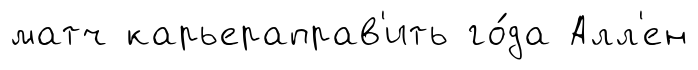
матч карьераправ'ить го́да Алл'ен